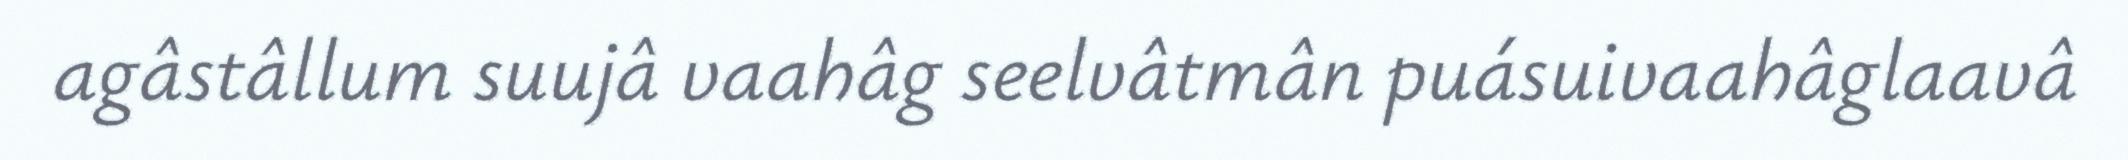
agâstâllum suujâ vaahâg seelvâtmân puásuivaahâglaavâ